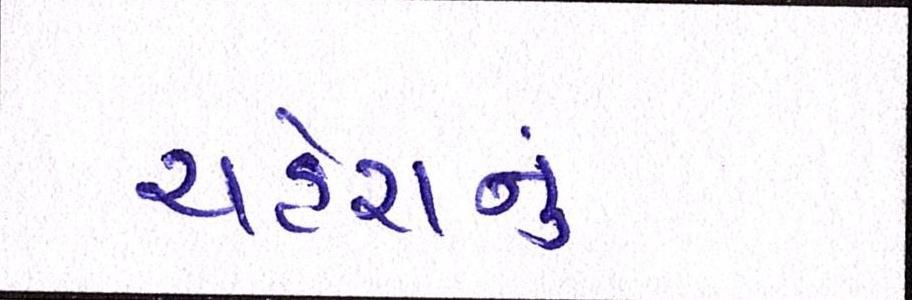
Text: ચહેરાનું